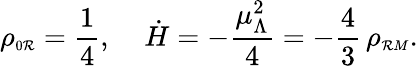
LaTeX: \rho_{\scriptscriptstyle0\mathcal{R}}=\frac{{1}}{{4}},\; \; \; \; \dot{{H}}=-\frac{{\mu_{\Lambda}^{2}}}{{4}}=-\frac{{4}}{{3}}\, \rho_{\scriptscriptstyle\mathcal{R}M}.